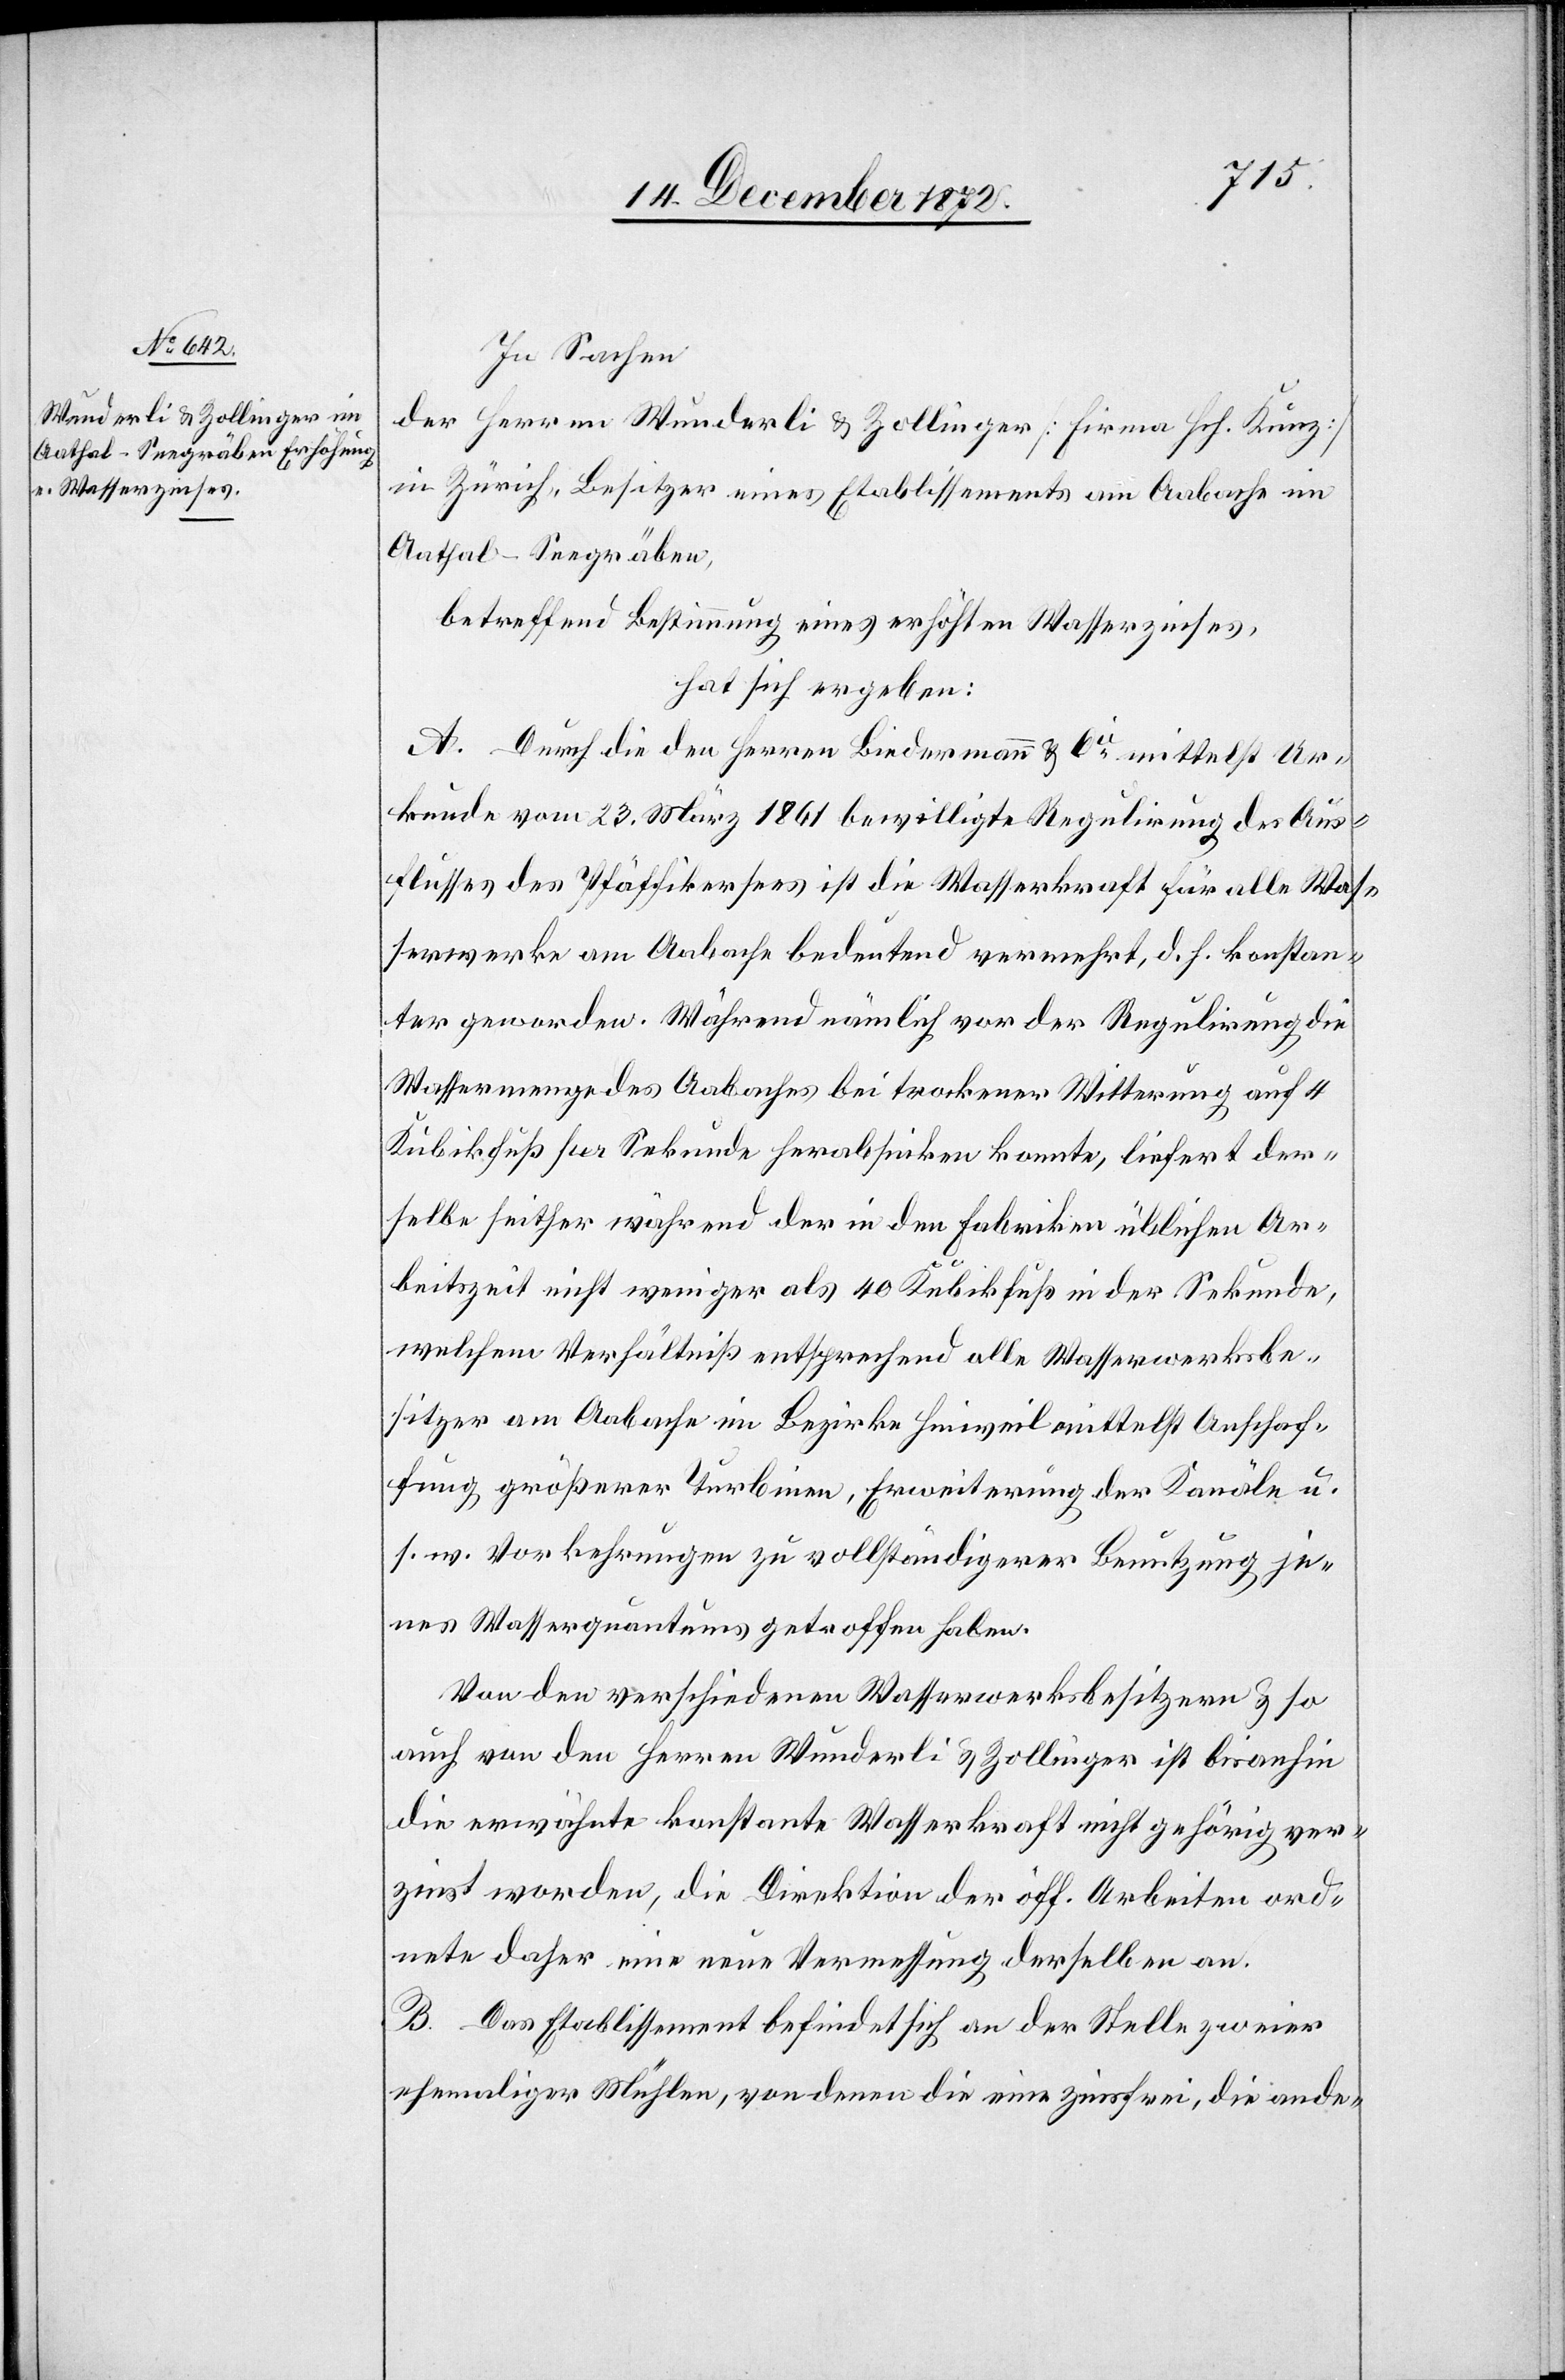
In Sachen
der Herren Wunderli u. Zollinger [Firma Hch. Kunz]
in Zürich, Besitzer eines Etablissements am Aabache im
Aathal-Seegräben,
betreffend Bestimmung eines erhöhten Wasserzinses,
hat sich ergeben:
A. Durch die den Herren Biedermann u. Cie mittelst Ur¬
kunde vom 23. März 1861 bewilligte Regulirung des Aus¬
flusses des Pfäffikersees ist die Wasserkraft für alle Was¬
serwerke am Aabache bedeutend vermehrt, d. h. konstan¬
ter geworden. Während nämlich vor der Regulirung die
Wassermenge des Aabaches bei trockener Witterung auf 4
Kubikfuß per Sekunde herabsinken konnte, liefert der¬
selbe seither während der in den Fabriken üblichen Ar¬
beitszeit nicht weniger als 40 Kubikfuß in der Sekunde,
welchem Verhältniß entsprechend alle Wasserwerksbe¬
sitzer am Aabache im Bezirke Hinweil mittelst Anschaf¬
fung größerer Turbinen, Erweiterung der Kanäle u.
s. w. Vorkehrungen zu vollständigerer Benutzung je¬
nes Wasserquantums getroffen haben.
Von den verschiedenen Wasserwerksbesitzern u. so
auch von den Herren Wunderli u. Zollinger ist bisanhin
die erwähnte konstante Wasserkraft nicht gehörig ver¬
zinst worden, die Direktion der öff. Arbeiten ord¬
nete daher eine neue Vermessung derselben an.
B. Das Etablissement befindet sich an der Stelle zweier
ehemaliger Mühlen, von denen die eine zinsfrei, die ande-